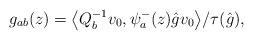
LaTeX: \begin{gather*}g_{ab}(z)=\big\langle Q_{b}^{-1}v_{0},\psi_{a}^{-}(z)\hat gv_{0}\big\rangle/\tau(\hat{g}), \end{gather*}